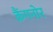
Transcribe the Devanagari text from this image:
क्रैंगनोर